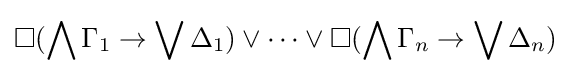
\Box (\bigwedge \Gamma _{1}\to \bigvee \Delta _{1})\lor \dots \lor \Box (\bigwedge \Gamma _{n}\to \bigvee \Delta _{n})